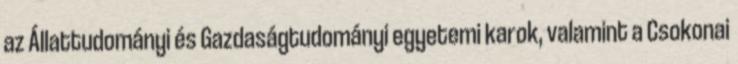
az Állattudományi és Gazdaságtudományi egyetemi karok, valamint a Csokonai